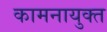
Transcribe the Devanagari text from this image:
कामनायुक्त